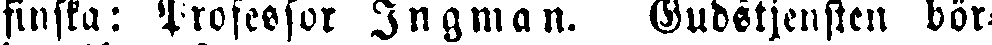
finska: Professor Ingman. Gudstjensten bör-